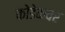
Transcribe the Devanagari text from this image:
कोडेकवर